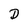
Character: D